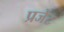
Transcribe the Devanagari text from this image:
प्रजेंट